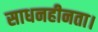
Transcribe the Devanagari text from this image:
साधनहीनता।